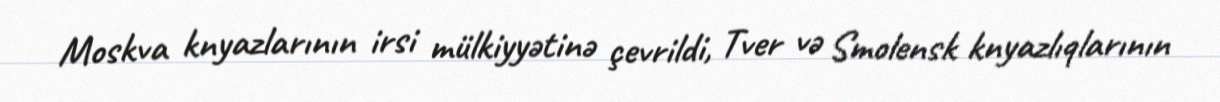
Moskva knyazlarının irsi mülkiyyətinə çevrildi, Tver və Smolensk knyazlıqlarının